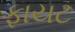
ફાયટ